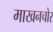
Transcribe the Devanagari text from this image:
माखनचोर